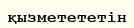
қызметететін